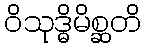
ဝိသုဒ္ဓိမိစ္ဆတိ